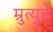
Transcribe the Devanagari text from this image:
म्रुत्युचे